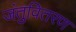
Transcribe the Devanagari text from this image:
जंतुवितरण